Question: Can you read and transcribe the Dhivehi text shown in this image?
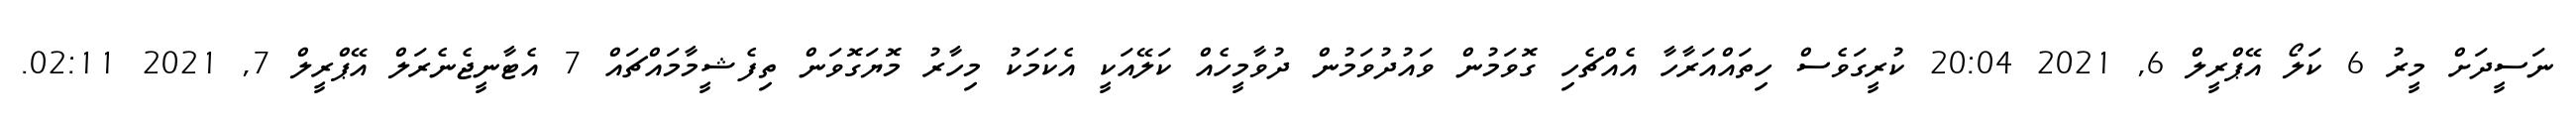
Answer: ނަސީދަށް މީރު 6 ކަލޯ އޭޕްރީލް 6, 2021 20:04 ކުރީގަވެސް ހިތައްއަރާހާ އެއްޗެހި ގޮވަމުން ވައުދުވަމުން ދުވާމީހެއް ކަލޭއަކީ އެކަމަކު މިހާރު މޮޔަގޮވަން ތިފެޝީމާމައްޗައް 7 އެޓާނީޖެނެރަލް އޭޕްރީލް 7, 2021 02:11.